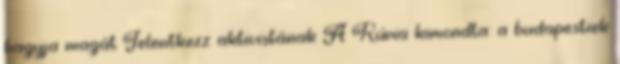
hagyja magát Jelentkezz aktivistának A Kúria kimondta: a budapestiek